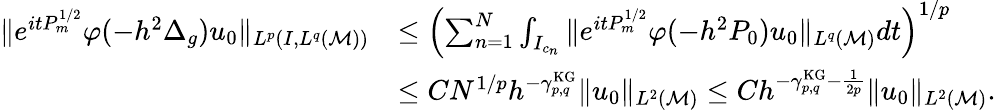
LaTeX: \begin{array}{rl}{\| e^{itP_{m}^{1/2}}\varphi(-h^{2}\Delta_{g})u_{0}\| _{L^{p}(I,L^{q}(\mathcal{M}))}}&{\leq\left(\sum_{n=1}^{N}\int_{I_{c_{n}}}\| e^{itP_{m}^{1/2}}\varphi(-h^{2}P_{0})u_{0}\| _{L^{q}(\mathcal{M})}dt\right)^{1/p}}\\ &{\leq CN^{1/p}h^{-\gamma_{p,q}^{\mathrm{KG}}}\| u_{0}\| _{L^{2}(\mathcal{M})}\leq Ch^{-\gamma_{p,q}^{\mathrm{KG}}-\frac{1}{2p}}\| u_{0}\| _{L^{2}(\mathcal{M})}.}\end{array}